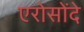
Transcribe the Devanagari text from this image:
एरोसोंदे